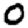
Digit: 0